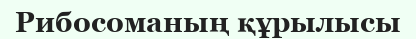
Рибосоманың құрылысы